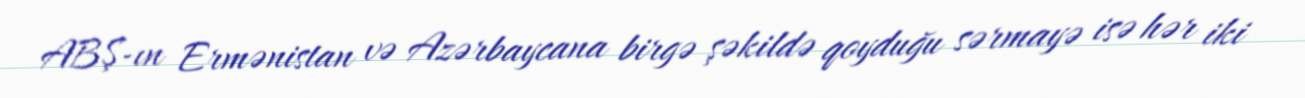
ABŞ-ın Ermənistan və Azərbaycana birgə şəkildə qoyduğu sərmayə isə hər iki